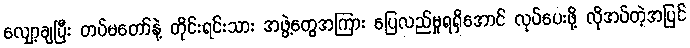
လျှော့ချပြီး တပ်မတော်နဲ့ တိုင်းရင်းသား အဖွဲ့တွေအကြား ပြေလည်မှုရရှိအောင် လုပ်ပေးဖို့ လိုအပ်တဲ့အပြင်